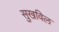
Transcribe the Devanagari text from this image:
सुखविल